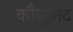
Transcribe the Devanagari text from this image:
कौसुलेट